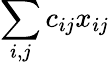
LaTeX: \sum_{i,j}c_{ij}x_{ij}